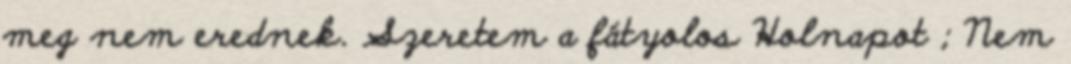
meg nem erednek. Szeretem a fátyolos Holnapot ; Nem